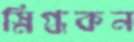
স্নিগ্ধকন